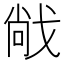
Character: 𫻹